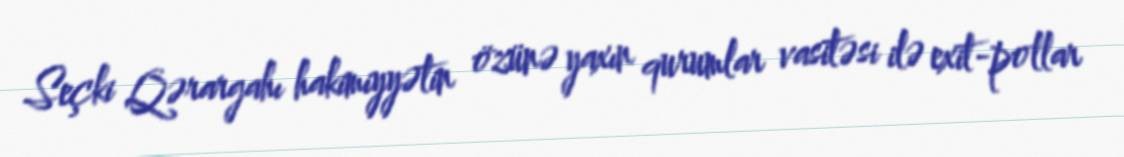
Seçki Qərargahı hakimiyyətin özünə yaxın qurumlar vasitəsi ilə exit-pollar